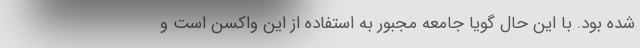
شده بود. با این حال گویا جامعه مجبور به استفاده از این واکسن است و